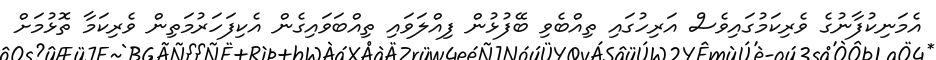
އެމަނިކުފާނުގެ ވެރިކަމުގައިވެސް އަރިހުގައި ތިއްބެވި ބޭފުޅުން ފިއްލަވައި ތިއްބަވައިގެން އެކިފަހަރުމަތިން ވެރިކަމާ ތޮޅުމަށް